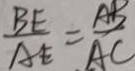
\frac { B E } { A E } = \frac { A B } { A C }